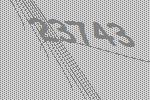
23743